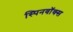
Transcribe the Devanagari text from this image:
स्पिनवॉक्स